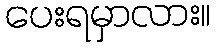
ပေးရမှာလား။